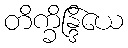
တိက္ခိန္ဒြိယေ